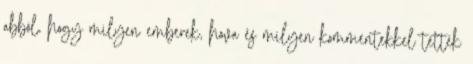
abból, hogy milyen emberek, hova és milyen kommentekkel tették